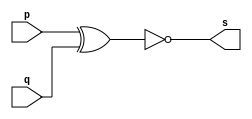
//Exercicio0003 - xnor
//Nome:Fernando Silva
//--------------------
//--------------------
//--xnorgate
//--------------------
module xnorgate(output [0:3]s,input [0:3] p,input [0:3] q);
assign s=(~(p^q));
endmodule //xnor
//--------------------
//--test xnorgate
//--------------------
module testexnorgate;
//--------------------dados locais
reg [0:3] a ,b;//define registrador
wire [0:3]s;//define conexao(fio)
//--------------------instancia
xnorgate NOR1(s,a,b);
//--------------------preparaao
initial begin:start
a=4'b0001;//4 valores binarios
b=4'b0101;//4 valores binarios
end
//---------------------parte principal
initial begin:main
$display("Exercicio0003- Fernando Silva  - 414506");
$display("Test xnor gate");
$display("\n a ^ b = s\n");
$monitor("%b ^ %b = %b",a,b,s);
#1 a=0;b=0; //valores decimais
#1 a=4'b0010;b=4'b0001; //valores binarios
#1 a=4'd1;b=3; //decimal e decimal
#1 a=4'o5;b=2; //octal e decimal
#1 a=4'hA; b=3; //hexadecimal e decimal
#1 a=4'h9;b=4'o3; //hexadecimal e octal
end
endmodule //test xnorgate